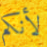
لأنكم